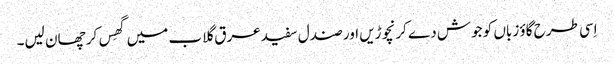
اِسی طرح گاؤ زباں کو جوش دے کر نچوڑیں اور صندل سفید عرق گلاب میں گھِس کر چھان لیں۔